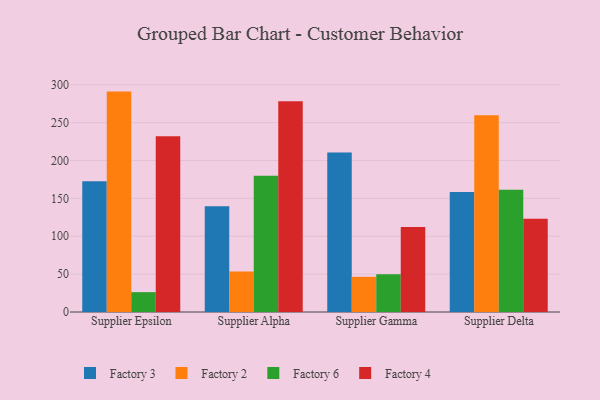
{"axis": {"x": "Supplier", "y": "Page Views"}, "legend": ["Factory 2", "Factory 3", "Factory 4", "Factory 6"], "data": [{"x": "Supplier Epsilon", "y": 172.7, "type": "Factory 3"}, {"x": "Supplier Epsilon", "y": 291.0, "type": "Factory 2"}, {"x": "Supplier Epsilon", "y": 26.2, "type": "Factory 6"}, {"x": "Supplier Epsilon", "y": 232.1, "type": "Factory 4"}, {"x": "Supplier Alpha", "y": 139.5, "type": "Factory 3"}, {"x": "Supplier Alpha", "y": 53.5, "type": "Factory 2"}, {"x": "Supplier Alpha", "y": 179.8, "type": "Factory 6"}, {"x": "Supplier Alpha", "y": 278.1, "type": "Factory 4"}, {"x": "Supplier Gamma", "y": 210.5, "type": "Factory 3"}, {"x": "Supplier Gamma", "y": 46.4, "type": "Factory 2"}, {"x": "Supplier Gamma", "y": 49.8, "type": "Factory 6"}, {"x": "Supplier Gamma", "y": 112.3, "type": "Factory 4"}, {"x": "Supplier Delta", "y": 158.4, "type": "Factory 3"}, {"x": "Supplier Delta", "y": 259.8, "type": "Factory 2"}, {"x": "Supplier Delta", "y": 161.3, "type": "Factory 6"}, {"x": "Supplier Delta", "y": 123.1, "type": "Factory 4"}]}